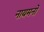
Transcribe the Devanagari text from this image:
नायमनों